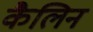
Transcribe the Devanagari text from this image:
कैलिन